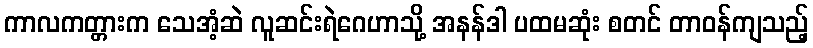
ကာလကတ္တားက သေအံ့ဆဲ လူဆင်းရဲဂေဟာသို့ အနန်ဒါ ပထမဆုံး စတင် တာဝန်ကျသည့်